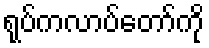
ရုပ်ကလာပ်တော်ကို